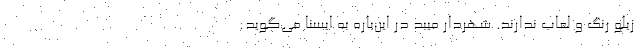
زیلو رنگ و لعاب ندارند. شهردار میبد در این‌باره به ایسنا می‌گوید: